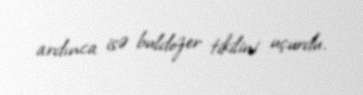
ardınca isə buldozer tikilini uçurdu.